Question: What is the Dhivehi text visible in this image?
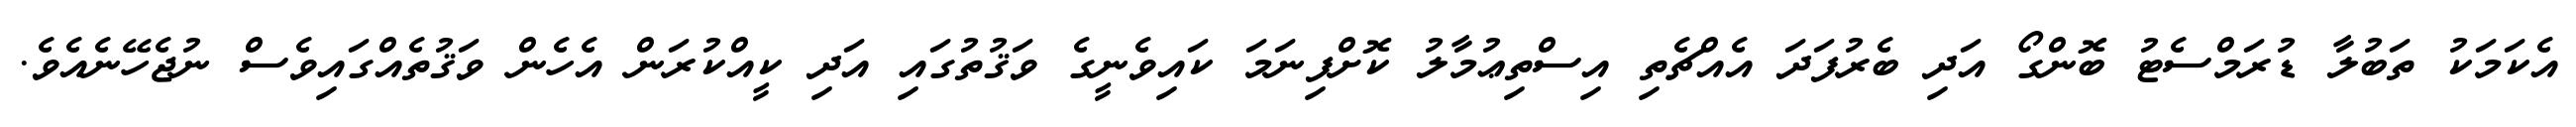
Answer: އެކަމަކު ތަބުލާ ޑުރަމްސެޓު ބޮންގޯ އަދި ބެރުފަދަ އެއްޗެތި އިސްތިޢުމާލު ކޮށްފިނަމަ ކައިވެނީގެ ވަޤުތުގައި އަދި ކީއްކުރަން އެހެން ވަޤުތެއްގައިވެސް ނުޖެހޭނެއެވެ.